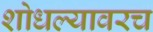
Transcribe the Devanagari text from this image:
शोधल्यावरच